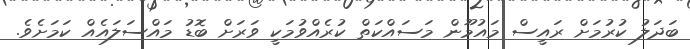
ބަދަލު ކުރުމަށް ރައީސް މައުމޫން މަސައްކަތް ކުރެއްވުމަކީ ވަރަށް ބޮޑު މައްސަލައެއް ކަމަށެވެ.